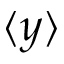
\langle y \rangle